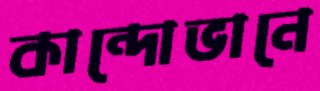
কান্দোভানে